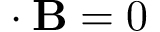
\mathbf { \nabla } \cdot \mathbf { B } = 0